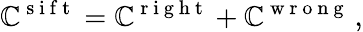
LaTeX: \mathbb{C}^{\mathrm{{~s~i~f~t~}}}=\mathbb{C}^{\mathrm{{~r~i~g~h~t~}}}+\mathbb{C}^{\mathrm{{~w~r~o~n~g~}}}\, ,